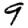
Digit: 9